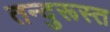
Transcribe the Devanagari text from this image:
तन्दुरूस्त